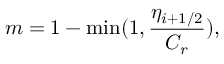
m = 1 - \operatorname* { m i n } ( 1 , \frac { \eta _ { i + 1 / 2 } } { C _ { r } } ) ,